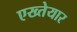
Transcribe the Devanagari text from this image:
एख्तेयार